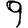
Digit: 9